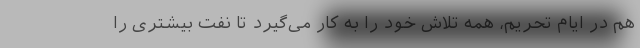
هم در ایام تحریم، همه تلاش خود را به کار می‌گیرد تا نفت بیشتری را